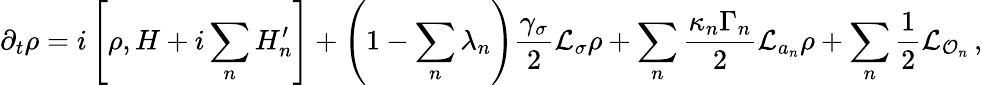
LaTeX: \partial_{t}\rho=i\left[\rho,H+i\sum_{n}H_{n}^{\prime}\right]+\left(1-\sum_{n}\lambda_{n}\right)\frac{\gamma_{\sigma}}{2}\mathcal{L}_{\sigma}\rho+\sum_{n}\frac{\kappa_{n}\Gamma_{n}}{2}\mathcal{L}_{a_{n}}\rho+\sum_{n}\frac{1}{2}\mathcal{L}_{\mathcal{O}_{n}}\, ,